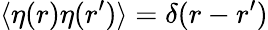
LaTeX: \langle\eta(r)\eta(r^{\prime})\rangle=\delta(r-r^{\prime})